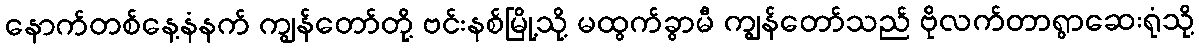
နောက်တစ်နေ့နံနက် ကျွန်တော်တို့ ဗင်းနစ်မြို့သို့ မထွက်ခွာမီ ကျွန်တော်သည် ဗိုလက်တာရွာဆေးရုံသို့